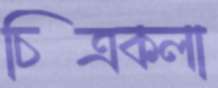
চিত্রকলা